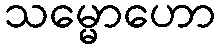
သမ္မောဟော